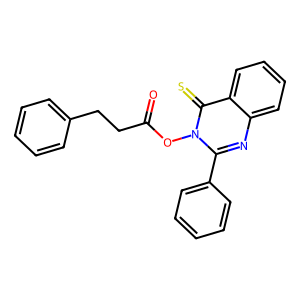
SMILES: O=C(CCc1ccccc1)On1c(-c2ccccc2)nc2ccccc2c1=S
Inhibits HIV replication: No